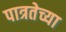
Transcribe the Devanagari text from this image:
पात्रतेच्या